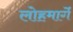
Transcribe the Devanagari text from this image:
लोहमार्गे